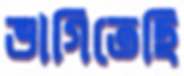
ভাগিতেছি